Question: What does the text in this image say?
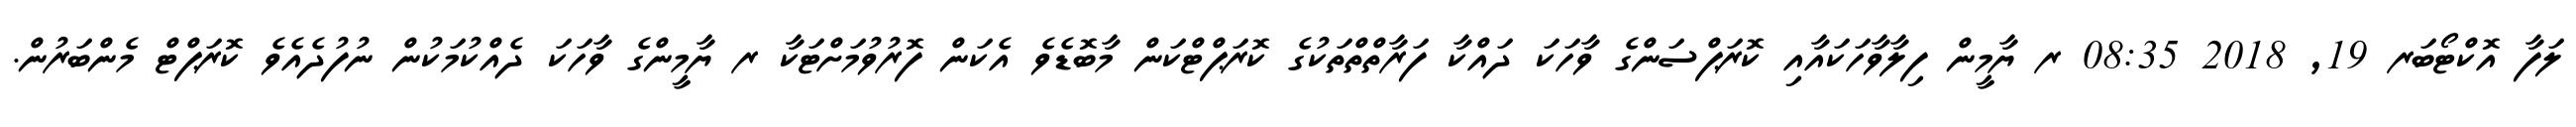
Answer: ލަފާ އޮކްޓޯބަރ 19, 2018 08:35 ރ ޔާމީން ފިލާވާހަކައާއި ކޮރަޕްސަންގެ ވާހަކަ ދައްކާ ފަރާތްތްތަކުގެ ކޮރަޕްޓްކަން މާބޮޑެވެ އެކަން ފޮރުވުމަށްޓަކާ ރ ޔާމީންގެ ވާހަކަ ދެއްކުމަކުން ނުފުދެއެވެ ކޮރަޕްޓް މެންބަރުން.